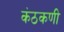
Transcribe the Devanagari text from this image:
कंठकणी